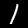
Digit: 1